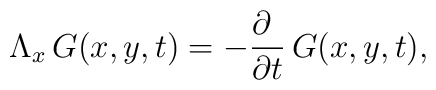
\Lambda_x \, G (x,y,t) = - \frac{\partial\phantom{t}}{\partial t} \,                             G(x,y,t),